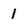
Character: l